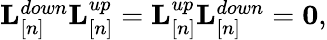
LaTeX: \begin{array}{r}{{\mathbf L}_{[n]}^{down}{\mathbf L}_{[n]}^{up}={\mathbf L}_{[n]}^{up}{\mathbf L}_{[n]}^{down}={\mathbf 0},}\end{array}